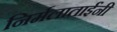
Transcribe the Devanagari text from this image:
निर्मलाताईंनी